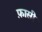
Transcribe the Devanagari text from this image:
फ़ासी